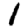
Digit: 1